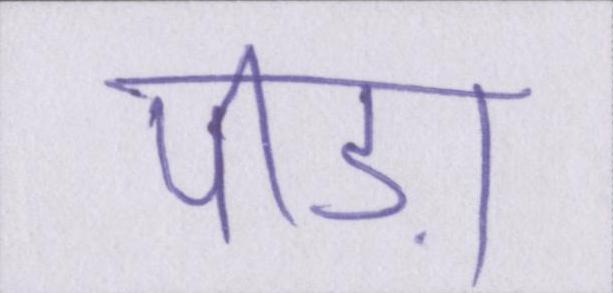
पीड़ा